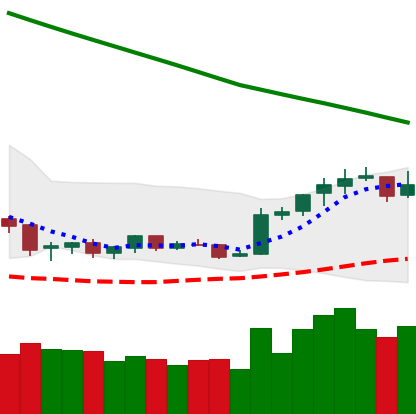
Ticker: NEO-USD
Chart end date: 2019-02-15
Forward return: 13.172%
Label: up_7plus